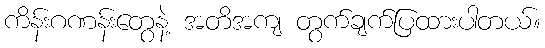
ကိန်းဂဏန်းတွေနဲ့ အတိအကျ တွက်ချက်ပြထားပါတယ်။